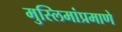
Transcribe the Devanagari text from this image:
मुस्लिमांप्रमाणे